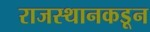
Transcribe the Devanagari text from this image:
राजस्थानकडून